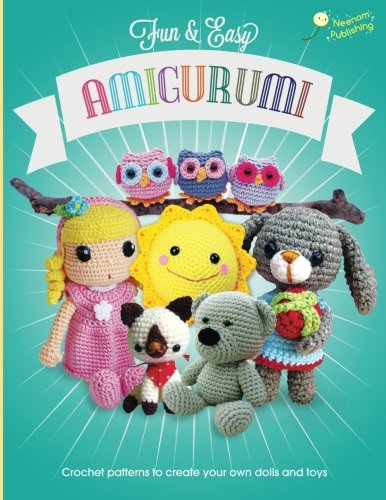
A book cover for Fun and Easy Amigurumi: Crochet patterns to create your own dolls and toys (Volume 1); Elizabeth Carr; Crafts, Hobbies & Home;